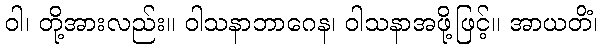
ဝါ၊ တို့အားလည်း။ ဝါသနာဘာဂေန၊ ဝါသနာအဖို့ဖြင့်။ အာယတိံ၊